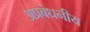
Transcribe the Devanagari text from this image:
अप्रबंधनीय